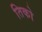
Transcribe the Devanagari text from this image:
तिको